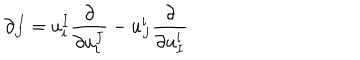
\partial _ { J } ^ { \, I } = u _ { i } ^ { I } { \frac { \partial } { \partial u _ { i } ^ { J } } } - u _ { J } ^ { i } { \frac { \partial } { \partial u _ { I } ^ { i } } }